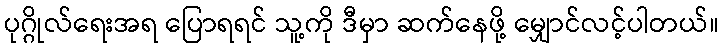
ပုဂ္ဂိုလ်ရေးအရ ပြောရရင် သူ့ကို ဒီမှာ ဆက်နေဖို့ မျှောင်လင့်ပါတယ်။